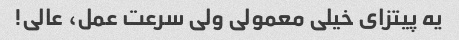
یه پیتزای خیلی معمولی ولی سرعت عمل، عالی!